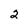
Character: 2